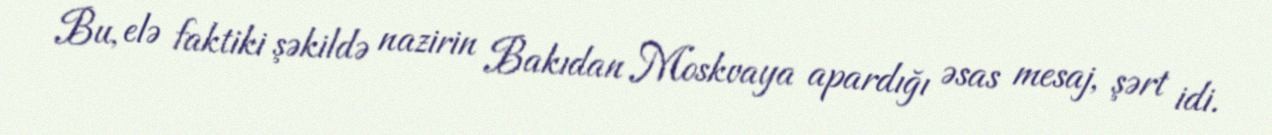
Bu, elə faktiki şəkildə nazirin Bakıdan Moskvaya apardığı əsas mesaj, şərt idi.